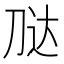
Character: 𭃢